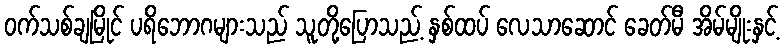
ဝက်သစ်ချမြိုင် ပရိဘောဂများသည် သူတို့ပြောသည့် နှစ်ထပ် လေသာဆောင် ခေတ်မီ အိမ်မျိုးနှင့်